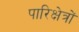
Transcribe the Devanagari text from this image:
पारिक्षेत्रों